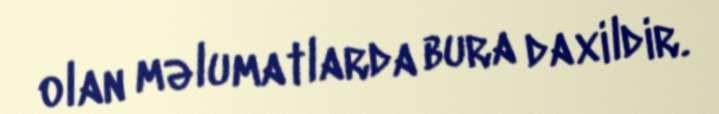
olan məlumatlarda bura daxildir.